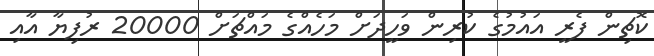
ކޮޗިން ފެރީ އައުމުގެ ކުރިން ވަހީދަށް މަހެއްގެ މައްޗަށް 20000 ރުފިޔާ އާއި